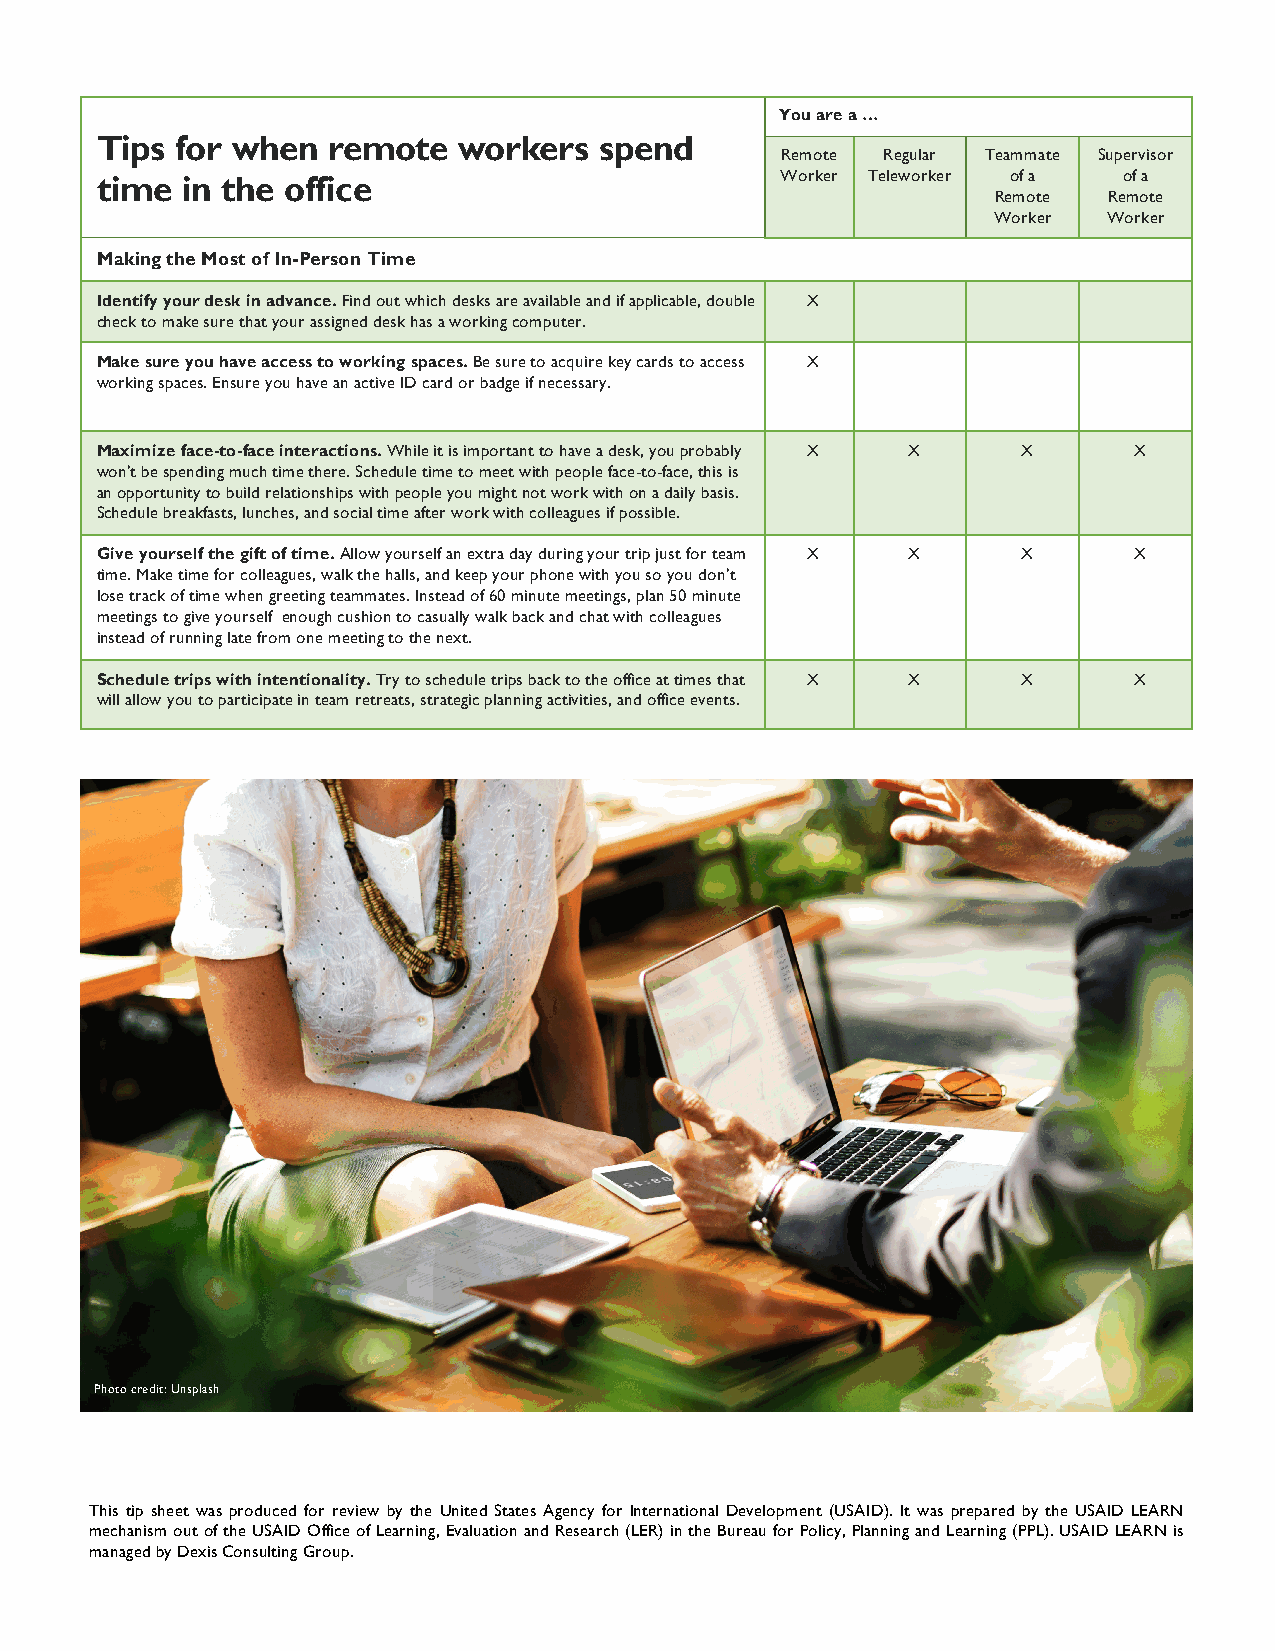
You are a …
 Tips  for when  remote  workers   spend
 Remote Regular Teammate Supervisor
 time  in the office                           Worker Teleworker of a of a
 Remote Remote
 Worker Worker
 Making the Most of In-Person Time
 Identify your desk in advance. Find out which desks are available and if applicable, double X
 check to make sure that your assigned desk has a working computer.
 Make sure you have access to working spaces. Be sure to acquire key cards to access X
 working spaces. Ensure you have an active ID card or badge if necessary.
 Maximize face-to-face interactions. While it is important to have a desk, you probably X X X X
 won’t be spending much time there. Schedule time to meet with people face-to-face, this is
 an opportunity to build relationships with people you might not work with on a daily basis.
 Schedule breakfasts, lunches, and social time after work with colleagues if possible.
 Give yourself the gift of time. Allow yourself an extra day during your trip just for team X X X X
 time. Make time for colleagues, walk the halls, and keep your phone with you so you don’t
 lose track of time when greeting teammates. Instead of 60 minute meetings, plan 50 minute
 meetings to give yourself enough cushion to casually walk back and chat with colleagues
 instead of running late from one meeting to the next.
 Schedule trips with intentionality. Try to schedule trips back to the office at times that X X X X
 will allow you to participate in team retreats, strategic planning activities, and office events.
 Photo credit: Unsplash
 This tip sheet was produced for review by the United States Agency for International Development (USAID). It was prepared by the USAID LEARN
 mechanism outoftheUSAID OfficeofLearning,Evaluation and Research (LER)in theBureau for Policy,Planning and Learning (PPL).USAID LEARN is
 managedbyDexisConsultingGroup.